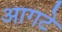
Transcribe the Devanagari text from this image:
आगटे